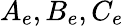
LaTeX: A_{e},B_{e},C_{e}